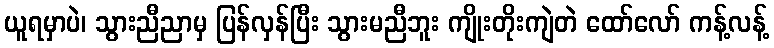
ယူရမှာပဲ၊ သွားညီညာမှ ပြန်လှန်ပြီး သွားမညီဘူး ကျိုးတိုးကျဲတဲ ထော်လော် ကန့်လန့်